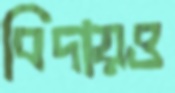
বিদায়ও